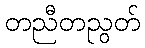
တညီတညွတ်